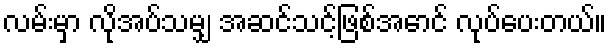
လမ်းမှာ လိုအပ်သမျှ အဆင်သင့်ဖြစ်အောင် လုပ်ပေးတယ်။